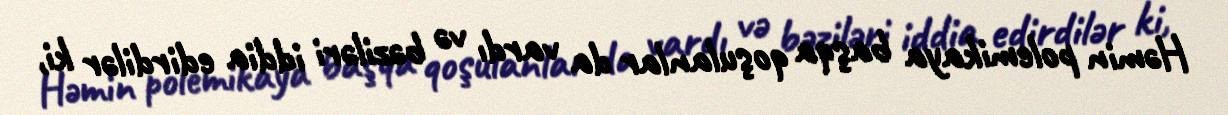
Həmin polemikaya başqa qoşulanlar da vardı və bəziləri iddia edirdilər ki,